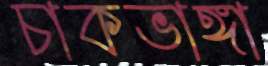
চাকভাঙ্গা